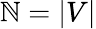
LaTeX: \mathbb{N}=|V|